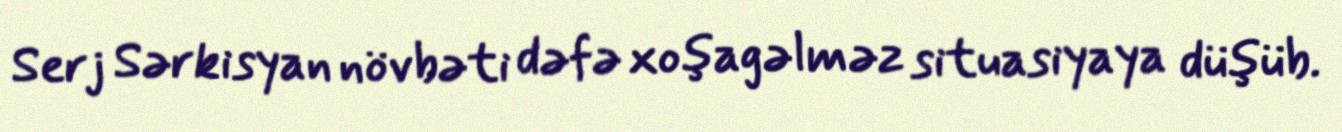
Serj Sərkisyan növbəti dəfə xoşagəlməz situasiyaya düşüb.